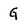
Character: G